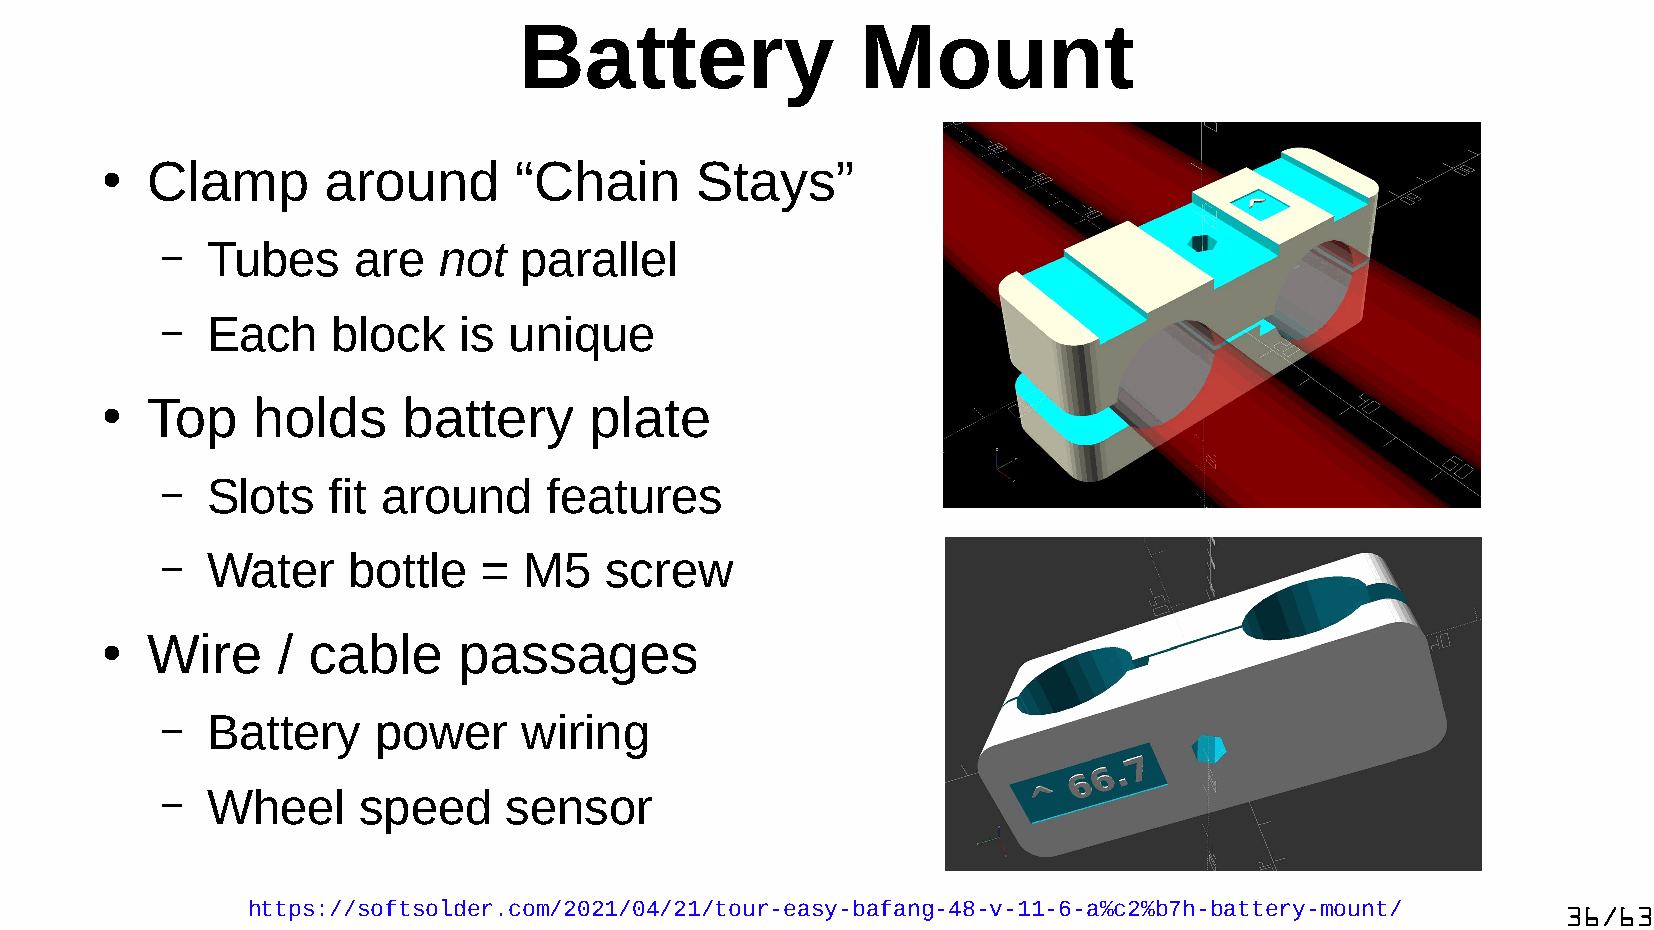
Battery                Mount
 Clamp      around       “Chain      Stays”
 ●
 –  Tubes    are   not  parallel
 –  Each    block   is  unique
 Top    holds     battery     plate
 ●
 –  Slots   fit around    features
 –  Water    bottle   =  M5   screw
 Wire    / cable     passages
 ●
 –  Battery    power     wiring
 –  Wheel     speed    sensor
 https://softsolder.com/2021/04/21/tour-easy-bafang-48-v-11-6-a%c2%b7h-battery-mount/    36/63